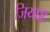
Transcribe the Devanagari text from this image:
जियाङ्ग